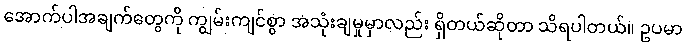
အောက်ပါအချက်တွေကို ကျွမ်းကျင်စွာ အသုံးချမှုမှာလည်း ရှိတယ်ဆိုတာ သိရပါတယ်။ ဥပမာ